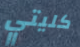
كليتي